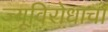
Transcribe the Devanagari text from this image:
ज्यूविरोधाचा